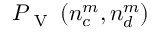
P _ { \mathrm { ~ V ~ } } \left( n _ { c } ^ { m } , n _ { d } ^ { m } \right)